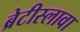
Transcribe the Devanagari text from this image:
ब्रेटीस्लावा